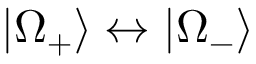
| \Omega _ { + } \rangle \leftrightarrow | \Omega _ { - } \rangle